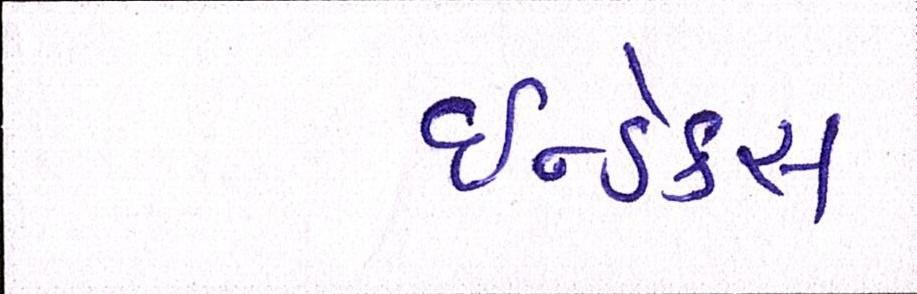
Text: ઇન્ડેક્સ